Malaria in the Punjab - Number 46
Disease focus: Malaria
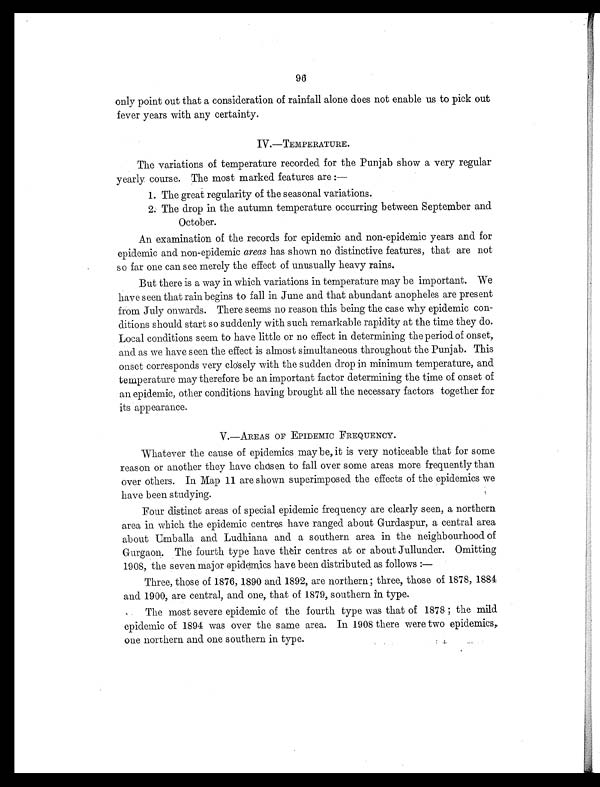
96
only point out that a consideration of rainfall alone does not enable us to pick out
fever years with any certainty.
IV.—TEMPERATURE.
The variations of temperature recorded for the Punjab show a very regular
yearly course. The most marked features are :
—
1. The great regularity of the seasonal variations.
2. The drop in the autumn temperature occurring between September and
October.
An examination of the records for epidemic and non-epidemic years and for
epidemic and non-epidemic areas has shown no distinctive features, that are not
so far one can see merely the effect of unusually heavy rains.
But there is a way in which variations in temperature may be important. We
have seen that rain begins to fall in June and that abundant anopheles are present
from July onwards. There seems no reason this being the case why epidemic con-
ditions should start so suddenly with such remarkable rapidity at the time they do.
Local conditions seem to have little or no effect in determining the period of onset,
and as we have seen the effect is almost simultaneous throughout the Punjab. This
onset corresponds very closely with the sudden drop in minimum temperature, and
temperature may therefore be an important factor determining the time of onset of
an epidemic, other conditions having brought all the necessary factors together for
its appearance.
V.—AREAS OF EPIDEMIC FREQUENCY.
Whatever the cause of epidemics maybe, it is very noticeable that for some
reason or another they have chosen to fall over some areas more frequently than
over others. In Map 11 are shown superimposed the effects of the epidemics we
have been studying.
Four distinct areas of special epidemic frequency are clearly seen, a northern
area in which the epidemic centres have ranged about Gurdaspur, a central area
about Umballa and Ludhiana and a southern area in the neighbourhood of
Gurgaon. The fourth type have their centres at or about Jullunder. Omitting
1908, the seven major epidemics have been distributed as follows :
—
Three, those of 1876, 1890 and 1892, are northern; three, those of 1878, 1884
and 1900, are central, and one, that of 1879, southern in type.
The most severe epidemic of the fourth type was that of 1878 the mild
epidemic of 1894 was over the same area. In 1908 there were two epidemics,
one northern and one southern in type.